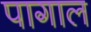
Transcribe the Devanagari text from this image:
पागाल